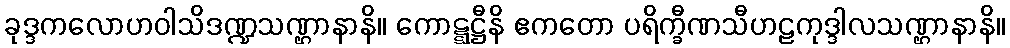
ခုဒ္ဒကလောဟဝါသိဒဏ္ဍသဏ္ဌာနာနိ။ ကောဋ္ဋဋ္ဌီနိ ဧကတော ပရိက္ခီဏသီဟဠကုဒ္ဒါလသဏ္ဌာနာနိ။